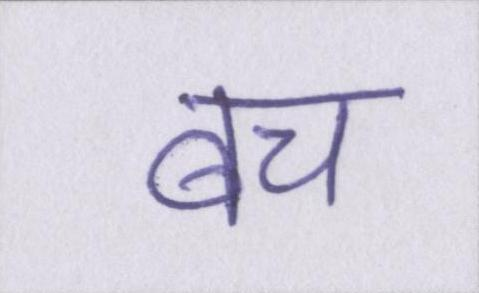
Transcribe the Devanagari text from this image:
बच